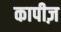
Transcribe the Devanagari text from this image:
कापीज़